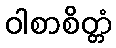
ဝါစာစိတ္တံ